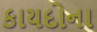
કાયદોના